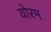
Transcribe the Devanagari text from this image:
योरम